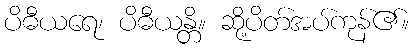
ပိဓီယရေ၊ ပိဓီယန္တိ။ ဆို့ပိတ်အပ်ကုန်၏။